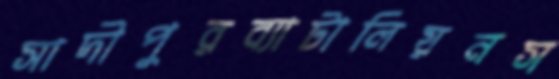
সাদীপুরব্যাটালিয়নস